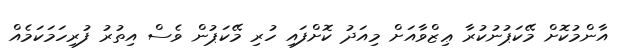
އާންމުކޮށް މޭކަޕުނުކުރާ ޢިޒްވާއަށް މިއަދު ކޮށްފައި ހުރި މޭކަޕުން ވެސް އިތުރު ފުރިހަމަކަމެއް